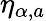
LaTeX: \eta_{\alpha,a}